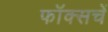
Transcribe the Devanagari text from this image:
फॉक्सचें